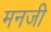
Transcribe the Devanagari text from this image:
मनजी